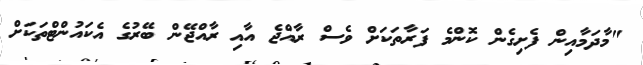
"މާދަމާއިން ފެށިގެން ކޮންމެ ފަރާތަކަށް ވެސް ރާއްޖެ އާއި ރާއްޖޭން ބޭރުގެ އެކައުންޓްތަކަށް